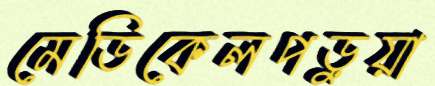
মেডিকেলপড়ুয়া